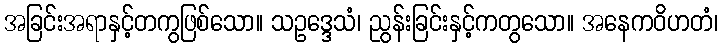
အခြင်းအရာနှင့်တကွဖြစ်သော။ သဥဒ္ဒေသံ၊ ညွန်းခြင်းနှင့်ကတွသော။ အနေကဝိဟတံ၊